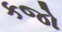
કજો